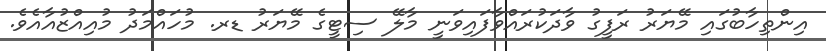
އިންތިހާބުގައި މޭޔަރު ރަފީގު ވާދަކުރައްވާފައިވަނީ މާލޭ ސިޓީގެ މޭޔަރު ޑރ. މުހައްމަދު މުއިއްޒުއާއެެވެ.